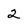
Character: 2